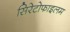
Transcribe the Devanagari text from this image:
सिरेटोफाइलम